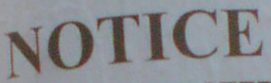
NOTICE